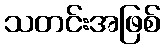
သတင်းအဖြစ်